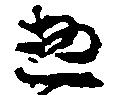
惣